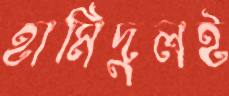
হামিদুলই